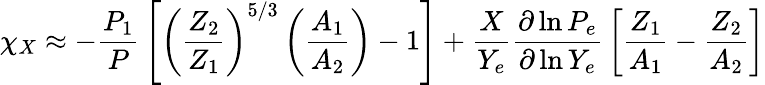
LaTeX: \chi_{X}\approx-{\frac{P_{1}}{P}}\left[\left({\frac{Z_{2}}{Z_{1}}}\right)^{5/3}\left({\frac{A_{1}}{A_{2}}}\right)-1\right]+{\frac{X}{Y_{e}}}{\frac{\partial\ln P_{e}}{\partial\ln Y_{e}}}\left[{\frac{Z_{1}}{A_{1}}}-{\frac{Z_{2}}{A_{2}}}\right]